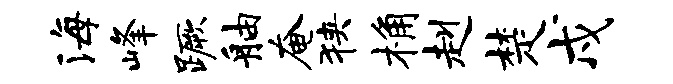
海峰蹶舳奄狭桷赳楚戍